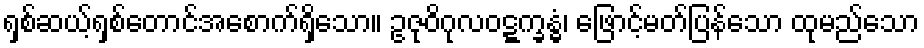
ရှစ်ဆယ့်ရှစ်တောင်အစောက်ရှိသော။ ဥဇုဝိဂုလဝဋ္ဋက္ခန္ဓံ၊ ဖြောင့်မတ်ပြန်သော ထုမည်သော